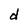
Character: d